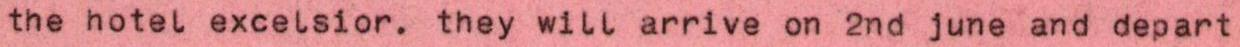
the hotel excelsior. they will arrive on 2nd june and depart